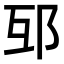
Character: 𨚎